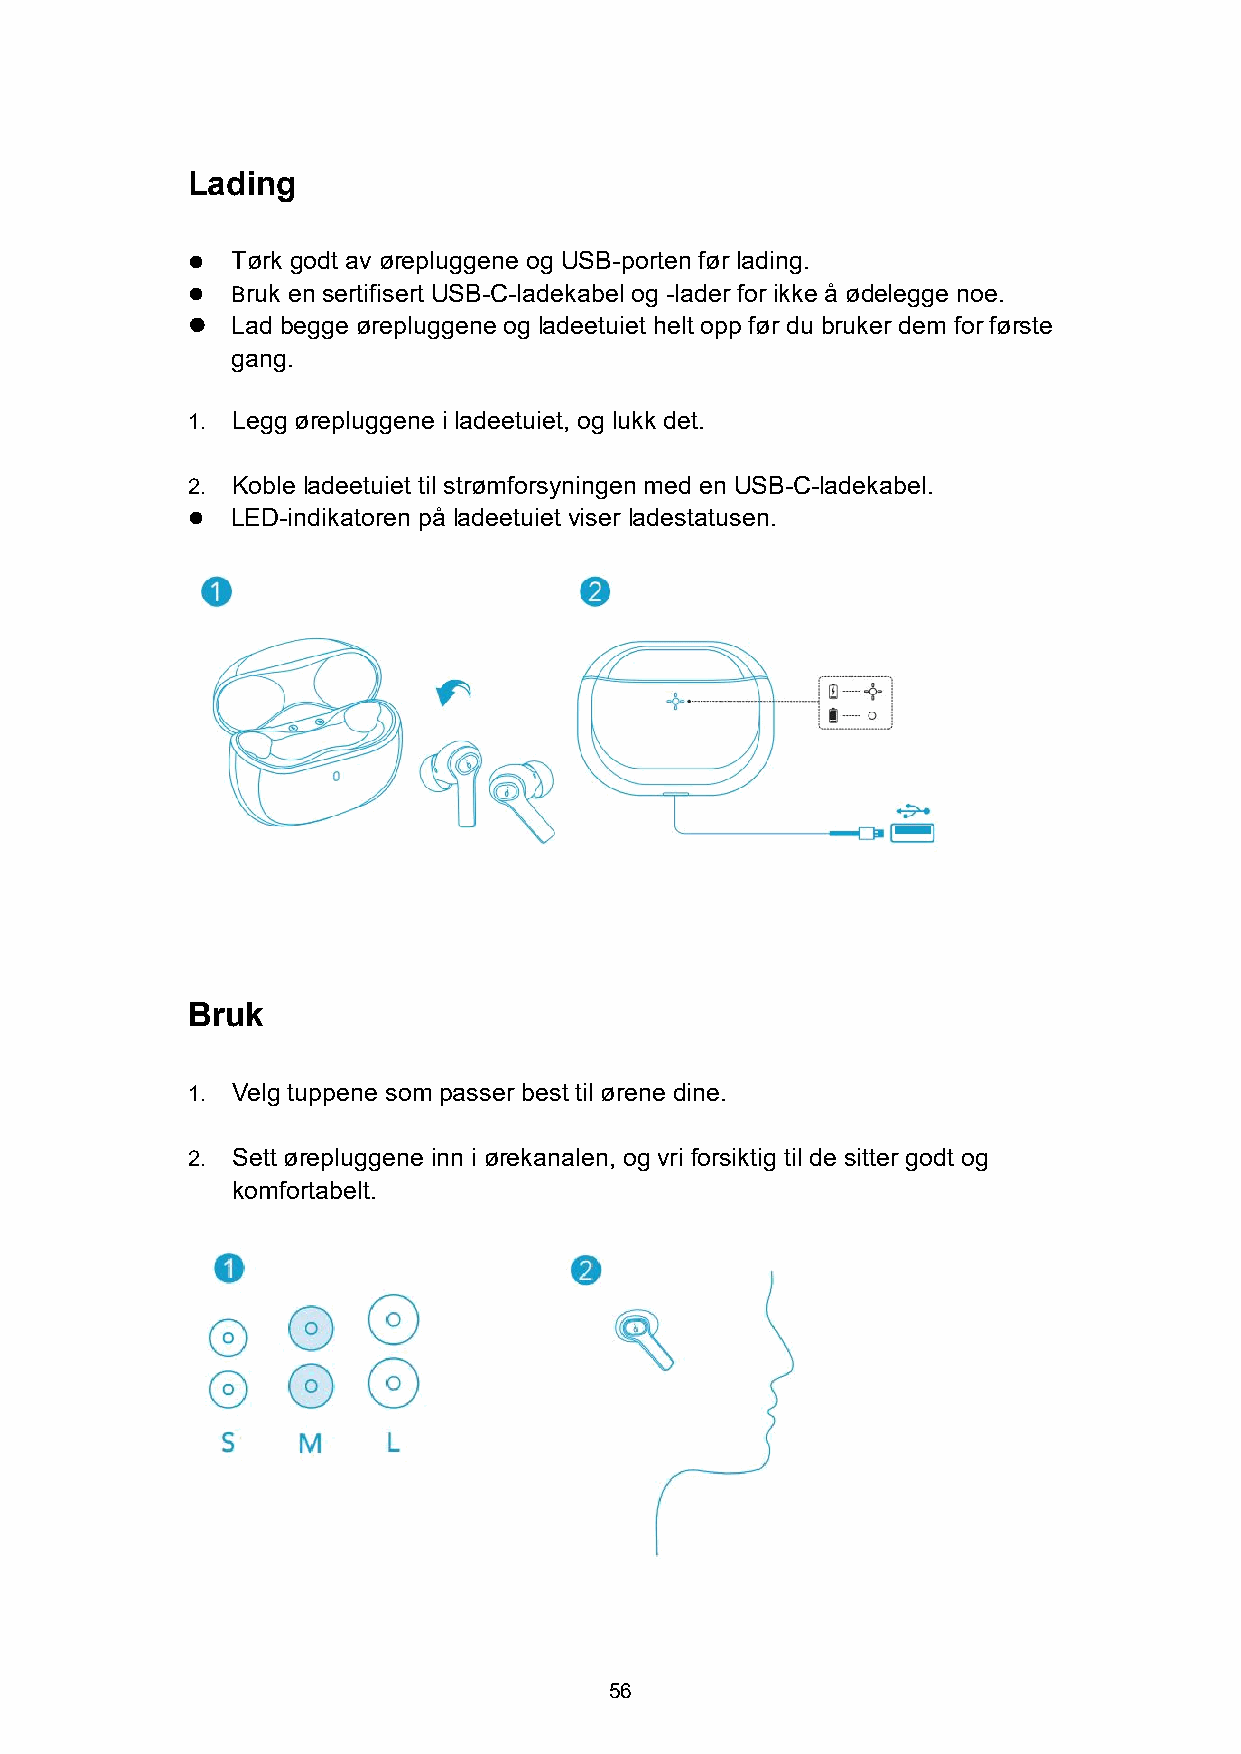
Lading
   Tørk godt av ørepluggene og USB-porten før lading.
   Bruk en sertifisert USB-C-ladekabel og -lader for ikke å ødelegge noe.
   Lad begge ørepluggene og ladeetuiet helt opp før du bruker dem for første
 gang.
 1. Legg ørepluggene i ladeetuiet, og lukk det.
 2. Koble ladeetuiet til strømforsyningen med en USB-C-ladekabel.
   LED-indikatoren på ladeetuiet viser ladestatusen.
 Bruk
 1. Velg tuppene som passer best til ørene dine.
 2. Sett ørepluggene inn i ørekanalen, og vri forsiktig til de sitter godt og
 komfortabelt.
 56